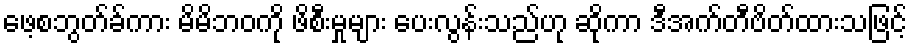
ဖေ့စဘွတ်ခ်ကား မိမိဘဝကို ဖိစီးမှုများ ပေးလွန်းသည်ဟု ဆိုကာ ဒီအက်တီဗိတ်ထားသဖြင့်